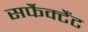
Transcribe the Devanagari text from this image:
सर्फैक्टैंट